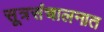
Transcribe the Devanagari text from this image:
सूत्रसंचालनात